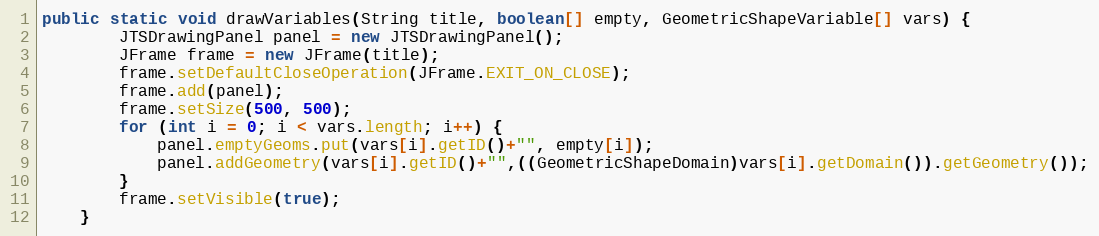
Language: Java
public static void drawVariables(String title, boolean[] empty, GeometricShapeVariable[] vars) {
		JTSDrawingPanel panel = new JTSDrawingPanel();
		JFrame frame = new JFrame(title);
		frame.setDefaultCloseOperation(JFrame.EXIT_ON_CLOSE);
		frame.add(panel);
		frame.setSize(500, 500);
		for (int i = 0; i < vars.length; i++) {
			panel.emptyGeoms.put(vars[i].getID()+"", empty[i]);
			panel.addGeometry(vars[i].getID()+"",((GeometricShapeDomain)vars[i].getDomain()).getGeometry());
		}
		frame.setVisible(true);
	}